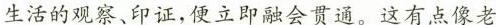
生活的观察、印证，便立即融会贯通。这有点像老